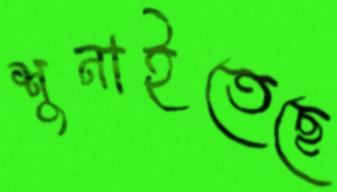
শুনাইতেছে